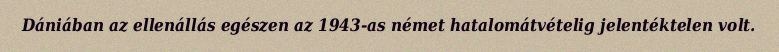
Dániában az ellenállás egészen az 1943-as német hatalomátvételig jelentéktelen volt.